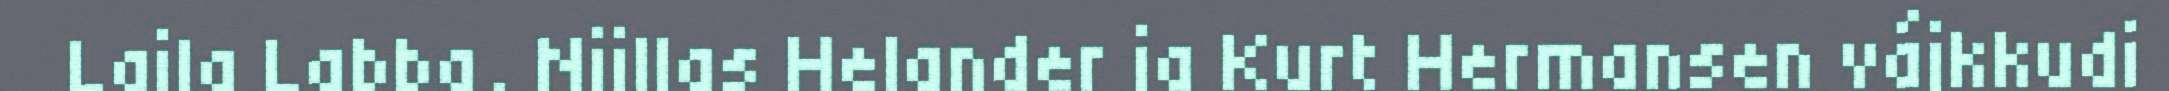
Laila Labba, Niillas Helander ja Kurt Hermansen vájkkudi